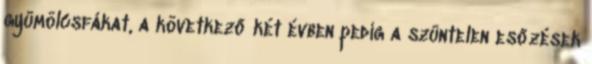
gyümölcsfákat, a következő két évben pedig a szüntelen esőzések